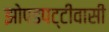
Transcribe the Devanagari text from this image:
झोपडपट्टीवासी